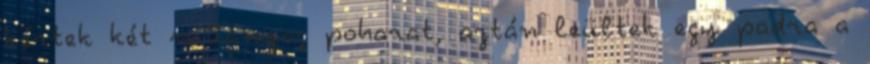
kértek két műanyag poharat, aztán leültek egy padra a